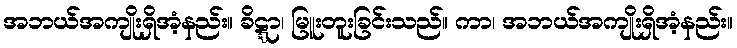
အဘယ်အကျိုးရှိအံ့နည်း။ ခိဋ္ဋာ၊ မြူးတူးခြင်းသည်။ ကာ၊ အဘယ်အကျိုးရှိအံ့နည်း။